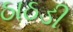
ઠાઠડી